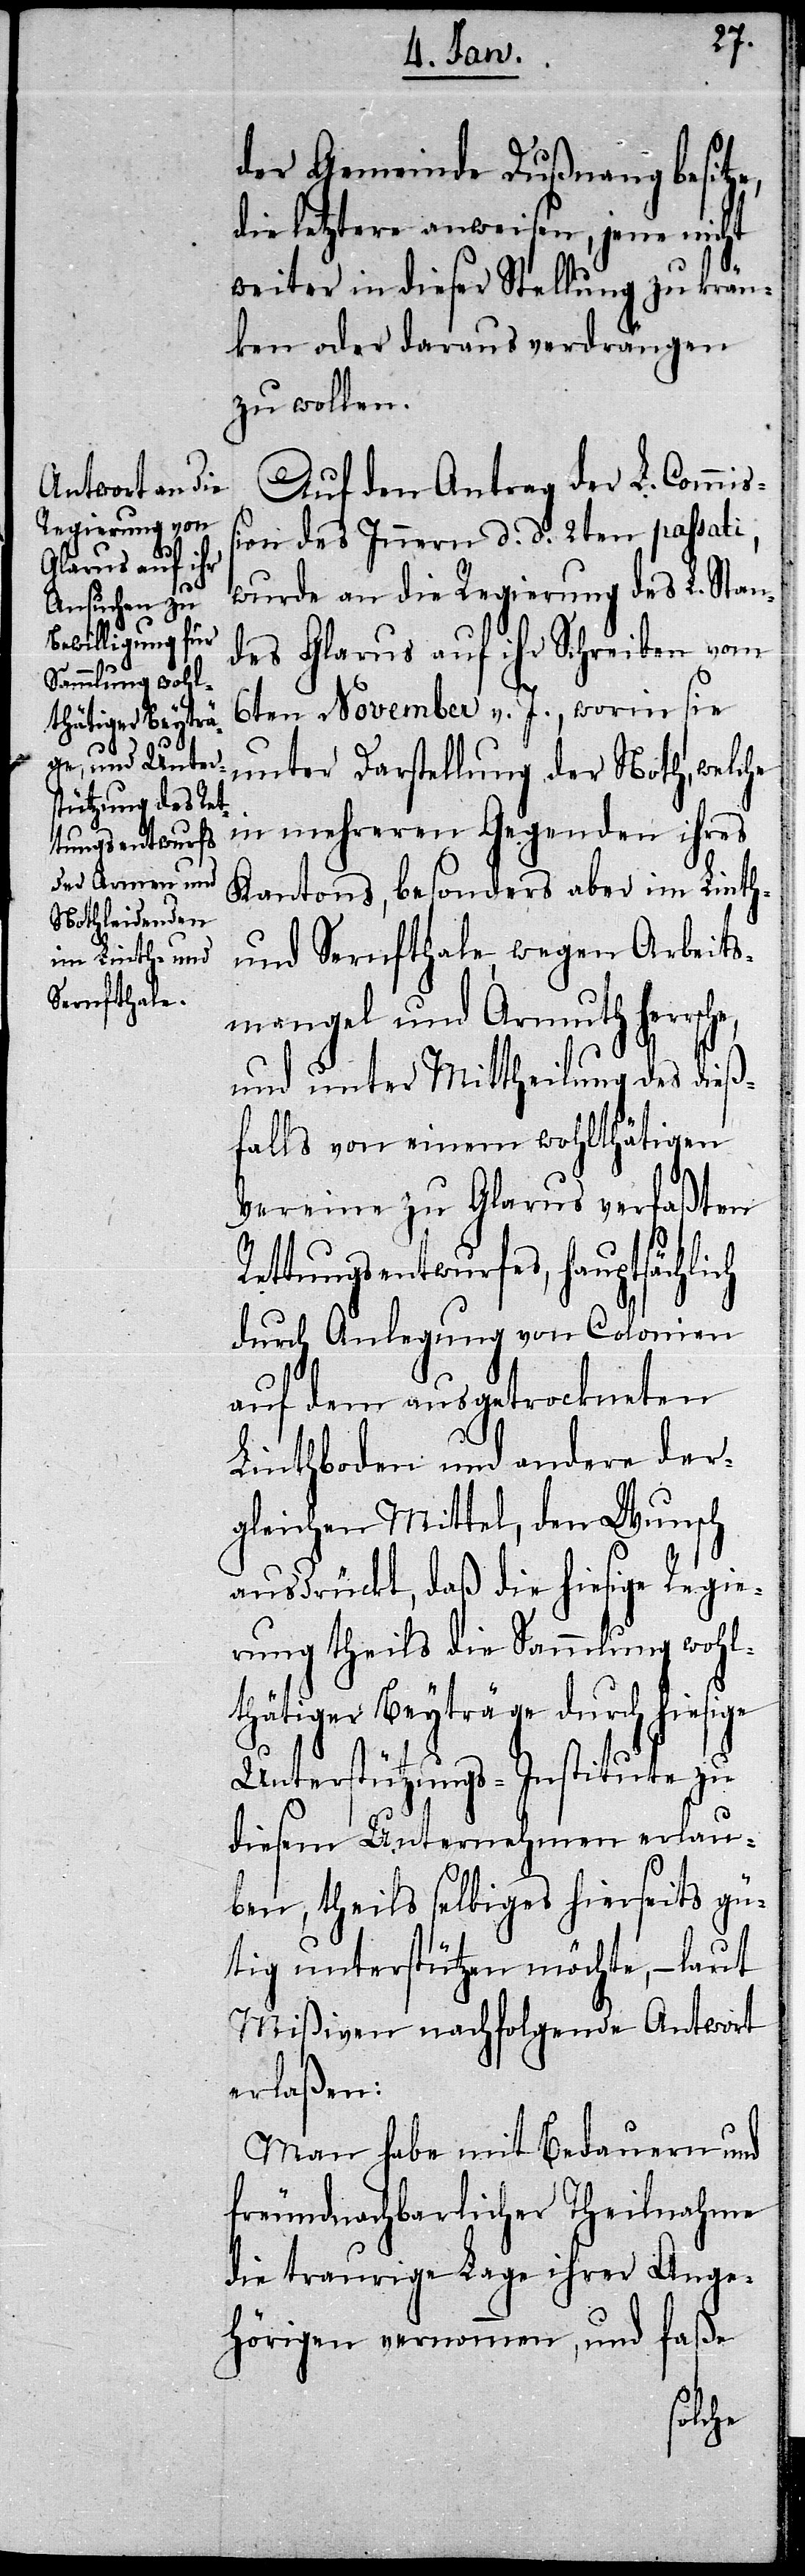
der Gemeinde Dußnang besitze,
die letztere anweisen, jene nicht
weiter in dieser Stellung zu krän¬
ken oder daraus verdrängen
zu wollen.
Auf den Antrag der L. Commiß¬
ion des Innern d. d. 2ten passati,
wurde an die Regierung des L Stan¬
des Glarus auf ihr Schreiben vom
6ten November v. J., worin sie
unter Darstellung der Noth, welche
in mehreren Gegenden ihres
Kantons, besonders aber im Linth-
und Sernfthale, wegen Arbeits¬
mangel und Armuth herrsche,
und unter Mittheilung des dieß¬
falls von einem wohlthätigen
Vereine zu Glarus verfaßten
Rettungsentwurfes, hauptsächlich
durch Anlegung von Colonien
auf dem ausgetrockneten
Linthboden und andere der¬
gleichen Mittel, den Wunsch
ausdrückt, daß die hiesige Regie¬
rung theils die Sammlung wohl¬
thätiger Beyträge durch hiesige
Unterstützungs-Institute zu
diesem Unternehmen erlau¬
ben, theils selbiges hierseits gü¬
tig unterstützen möchte, – laut
Mißiven nachfolgende Antwort
erlaßen:
Man habe mit Bedauern und
freundnachbarlicher Theilnahme
die traurige Lage ihrer Ange¬
hörigen vernommen, und faße